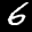
Label: 6